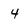
Character: 4